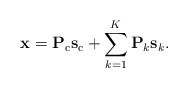
\begin{align*} \mathbf{x}=\mathbf{P}_{\mathrm{c}}\mathbf{s}_{\mathrm{c}}+\sum_{k=1}^{K}\mathbf{P}_{k}\mathbf{s}_{k}.\end{align*}